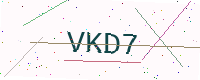
Text: VKD7